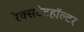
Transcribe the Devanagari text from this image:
रेक्सटेटहॉल्टर